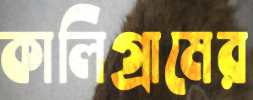
কালিগ্রামের